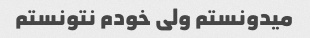
میدونستم ولی خودم نتونستم